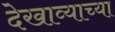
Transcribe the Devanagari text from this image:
देखाव्याच्या